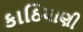
કાઠિયાણી